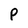
Character: p